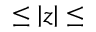
\le \left| z \right| \le